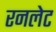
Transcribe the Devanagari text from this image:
रनलेट